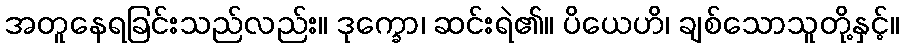
အတူနေရခြင်းသည်လည်း။ ဒုက္ခော၊ ဆင်းရဲ၏။ ပိယေဟိ၊ ချစ်သောသူတို့နှင့်။